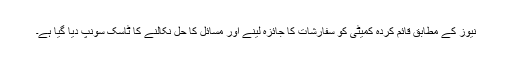
نیوز کے مطابق قائم کردہ کمیٹی کو سفارشات کا جائزہ لینے اور مسائل کا حل نکالنے کا ٹاسک سونپ دیا گیا ہے۔